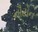
નૌટોન